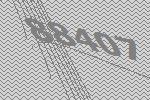
88407